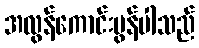
အလွန်ကောင်းမွန်ပါသည်